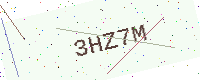
Text: 3HZ7M